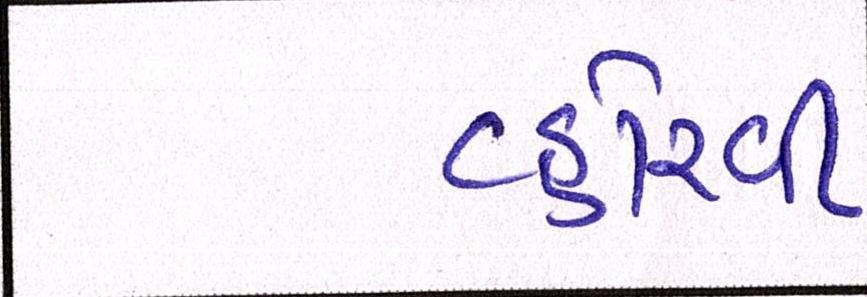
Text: વ્હોરવી